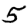
Digit: 5